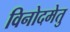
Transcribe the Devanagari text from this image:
विनोदमेतु